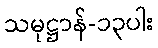
သမုဋ္ဌာန်-၁၃ပါး